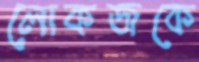
লোকজকে